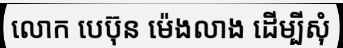
លោក បេប៊ុន ម៉េងលាង ដើម្បីសុំ